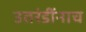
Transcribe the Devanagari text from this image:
उतरंडींनाच